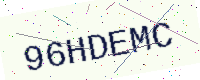
Text: 96HDEMC